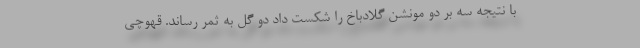
با نتیجه سه بر دو مونشن گلادباخ را شکست داد دو گل به ثمر رساند. قهوچی